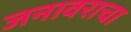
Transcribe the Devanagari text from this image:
जनावराचा